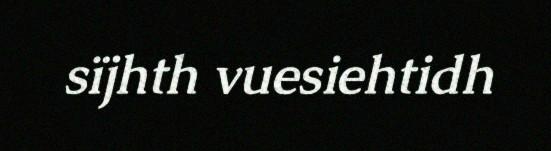
sïjhth vuesiehtidh